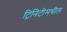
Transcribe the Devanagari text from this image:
ट्रिनिटीमधील